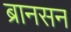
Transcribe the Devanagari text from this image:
ब्रानसन